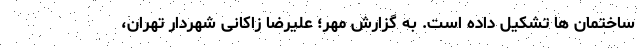
ساختمان ها تشکیل داده است. به گزارش مهر؛ علیرضا زاکانی شهردار تهران،